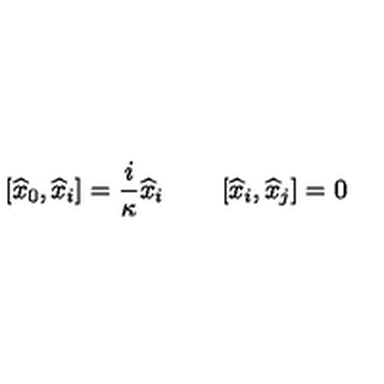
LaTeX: \left[ \widehat { x } _ { 0 } , \widehat { x } _ { i } \right] = { \frac { i } { \kappa } } \widehat { x } _ { i } \qquad \left[ \widehat { x } _ { i } , \widehat { x } _ { j } \right] = 0